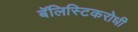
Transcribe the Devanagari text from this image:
बॅलिस्टिकरोधी